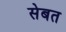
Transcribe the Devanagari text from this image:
सेबत